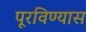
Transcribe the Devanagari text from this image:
पूरविण्यास